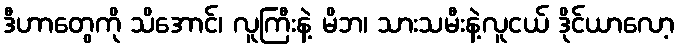
ဒီဟာတွေကို သိအောင်၊ လူကြီးနဲ့ မိဘ၊ သားသမီးနဲ့လူငယ် ဒိုင်ယာလော့